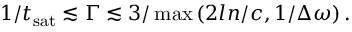
1 / t _ { \mathrm { s a t } } \lesssim \Gamma \lesssim 3 / \operatorname* { m a x } \left( 2 l n / c , 1 / \Delta \omega \right) .